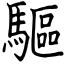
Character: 驅